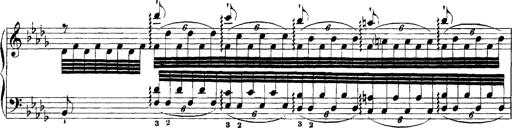
Title: Grandes Etudes
Composer: Franz Liszt